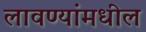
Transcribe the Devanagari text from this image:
लावण्यांमधील